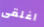
اغلقى